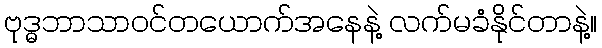
ဗုဒ္ဓဘာသာဝင်တယောက်အနေနဲ့ လက်မခံနိုင်တာနဲ့။